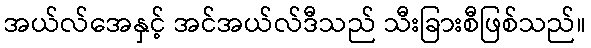
အယ်လ်အေနှင့် အင်အယ်လ်ဒီသည် သီးခြားစီဖြစ်သည်။